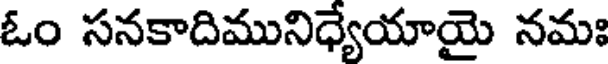
ఓం సనకాదిమునిధ్యేయాయై నమః